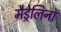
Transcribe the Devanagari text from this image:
मैड्रेलिना